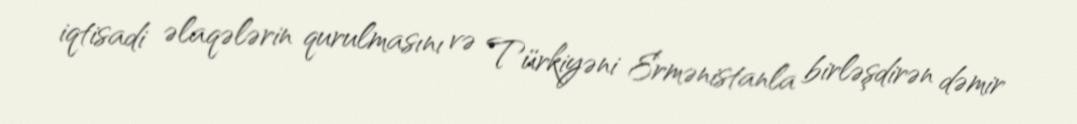
iqtisadi əlaqələrin qurulmasını və Türkiyəni Ermənistanla birləşdirən dəmir